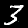
Digit: 3